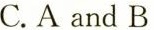
C. A and B